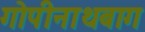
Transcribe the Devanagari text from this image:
गोपीनाथबाग